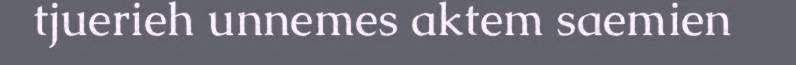
tjuerieh unnemes aktem saemien